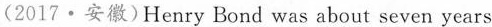
(2017·安徽)Henry Bond was about seven years